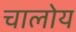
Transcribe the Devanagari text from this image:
चालोय